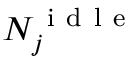
N _ { j } ^ { \mathrm { ~ i ~ d ~ l ~ e ~ } }